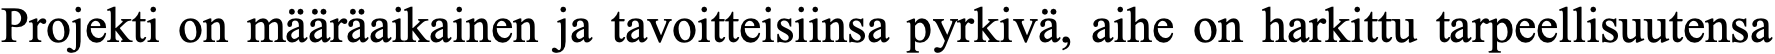
Projekti on määräaikainen ja tavoitteisiinsa pyrkivä, aihe on harkittu tarpeellisuutensa